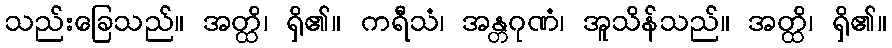
သည်းခြေသည်။ အတ္ထိ၊ ရှိ၏။ ကရီသံ၊ အန္တဂုဏံ၊ အူသိန်သည်။ အတ္ထိ၊ ရှိ၏။